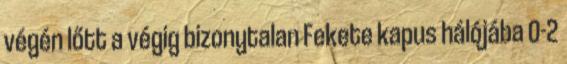
végén lőtt a végig bizonytalan Fekete kapus hálójába 0-2